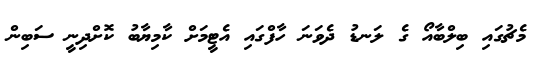
މެޗުގައި ބިލްބާއޯ ގެ ލަނޑު ދެވަނަ ހާފްގައި އެޓީމަށް ކާމިޔާބު ކޮށްދިނީ ސަބިން